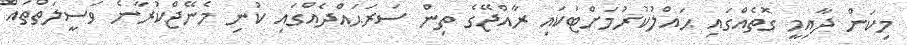
މިކަން ދާއިމީ ގޮތެއްގައި ޙައްލުކުރުމަށްޓަކައި ރާއްޖޭގެ ތިން ސަރަޙައްދެއްގައި ކުނި މެނޭޖްކުރާނެ ވަސީލަތްތައް